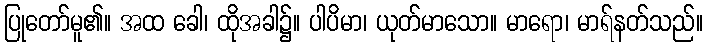
ပြုတော်မူ၏။ အထ ခေါ၊ ထိုအခါ၌။ ပါပိမာ၊ ယုတ်မာသော။ မာရော၊ မာရ်နတ်သည်။